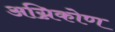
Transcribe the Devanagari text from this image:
अग्निकोण